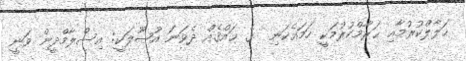
ޙަލާލްކުރުމާއި ޙަރާމްކުރުމަކީ ހަމައެކަނި  ގެ ޙައްޤެއް ދެވަނަ އުޞޫލަކީ: އިސްލާމްދީން ވަނީ